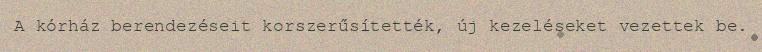
A kórház berendezéseit korszerűsítették, új kezeléseket vezettek be.